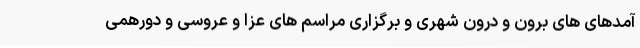
آمدهای های برون و درون شهری و برگزاری مراسم های عزا و عروسی و دورهمی